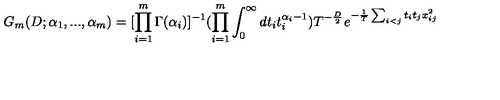
G _ { m } ( D ; \alpha _ { 1 } , . . . , \alpha _ { m } ) = [ \prod _ { i = 1 } ^ { m } \Gamma ( \alpha _ { i } ) ] ^ { - 1 } ( \prod _ { i = 1 } ^ { m } \int _ { 0 } ^ { \infty } d t _ { i } t _ { i } ^ { \alpha _ { i } - 1 } ) T ^ { - \frac { D } { 2 } } e ^ { - \frac { 1 } { T } \sum _ { i < j } t _ { i } t _ { j } x _ { i j } ^ { 2 } }